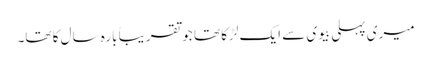
میری پہلی بیوی سے ایک لڑکا تھا جو تقریباً بارہ سال کا تھا۔